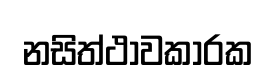
නසිත්ථාවකාරක